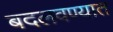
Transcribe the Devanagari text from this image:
बदलवण्यात